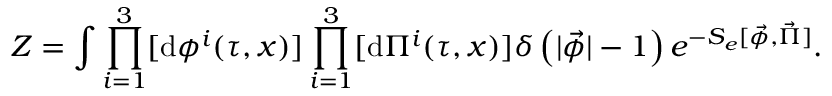
{ \cal Z } = \int \prod _ { i = 1 } ^ { 3 } [ \mathrm { d } { \phi } ^ { i } ( \tau , x ) ] \prod _ { i = 1 } ^ { 3 } [ \mathrm { d } { \Pi } ^ { i } ( \tau , x ) ] \delta \left( | \vec { \phi } | - 1 \right) e ^ { - S _ { e } [ \vec { \phi } , \vec { \Pi } ] } .